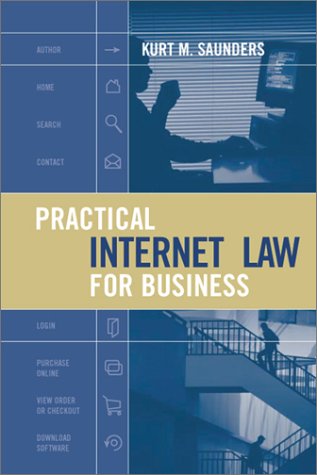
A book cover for Practical Internet Law for Business; Kurt M. Saunders; Law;